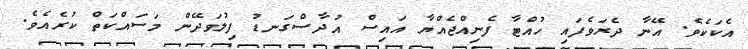
އެކަކެވެ. އޭނާ ދެރަވެފައި ހުއްޓާ ފެނިއްޖެއްޔާ އައިސް އުދާސްގަނޑު ފިލުވަދޭން މަސައްކަތް ކުރެއެވެ.